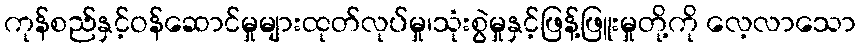
ကုန်စည်နှင့်ဝန်ဆောင်မှုများထုတ်လုပ်မှု၊သုံးစွဲမှုနှင့်ဖြန့်ဖြူးမှုတို့ကို လေ့လာသော